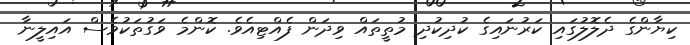
ކިޔާންގެ ދެލޮލުގައި ކަރުނައިގެ ކުދިކުދި މުތީތައް ވިދަން ފެއްޓިއެވެ. ކޮންމެ ވަގުތަކުވެސް އައިލީނާ